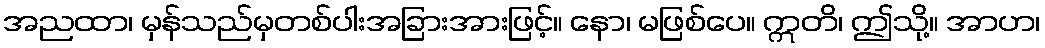
အညထာ၊ မှန်သည်မှတစ်ပါးအခြားအားဖြင့်။ နော၊ မဖြစ်ပေ။ ဣတိ၊ ဤသို့။ အာဟ၊